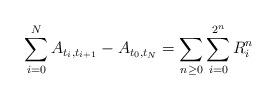
LaTeX: \begin{align*}\sum_{i=0}^N A_{t_i,t_{i+1}} - A_{t_0,t_N} = \sum_{n \geq 0} \sum_{i=0}^{2^n} R_i^n \end{align*}